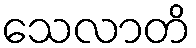
သေလာတိ